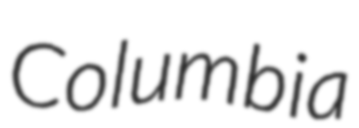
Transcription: Columbia